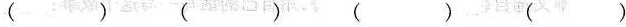
（）（）（）（）（）